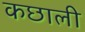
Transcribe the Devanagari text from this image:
कछाली